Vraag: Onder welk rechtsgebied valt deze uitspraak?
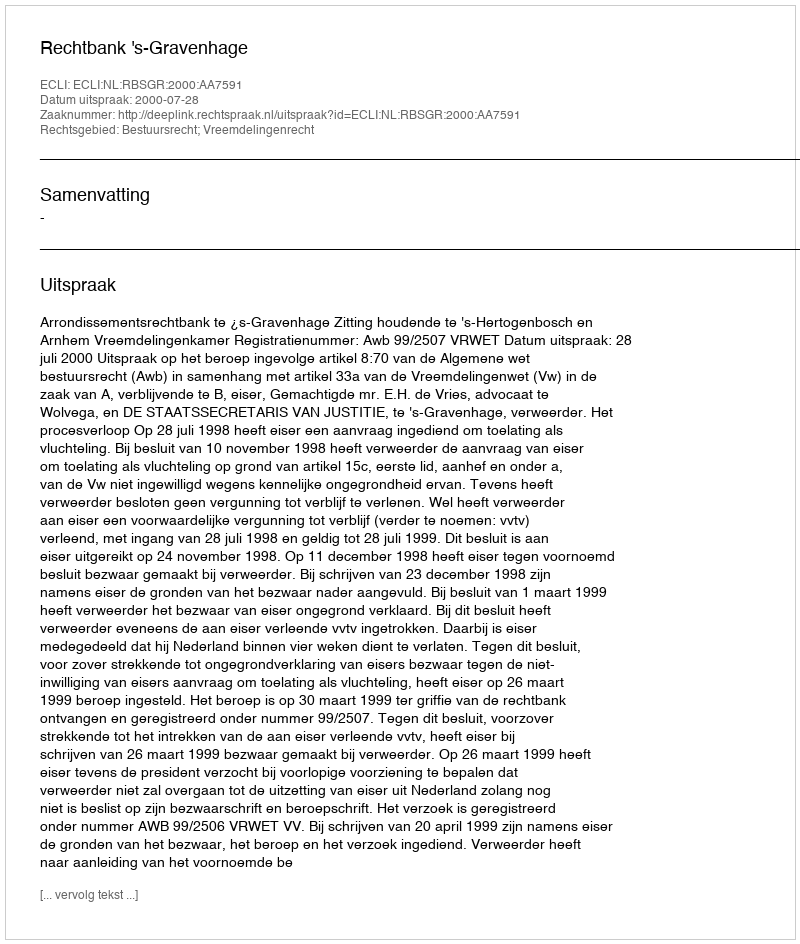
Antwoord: Bestuursrecht; Vreemdelingenrecht